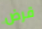
قرض